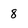
Character: 8